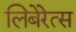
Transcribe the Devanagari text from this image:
लिबेरेत्स